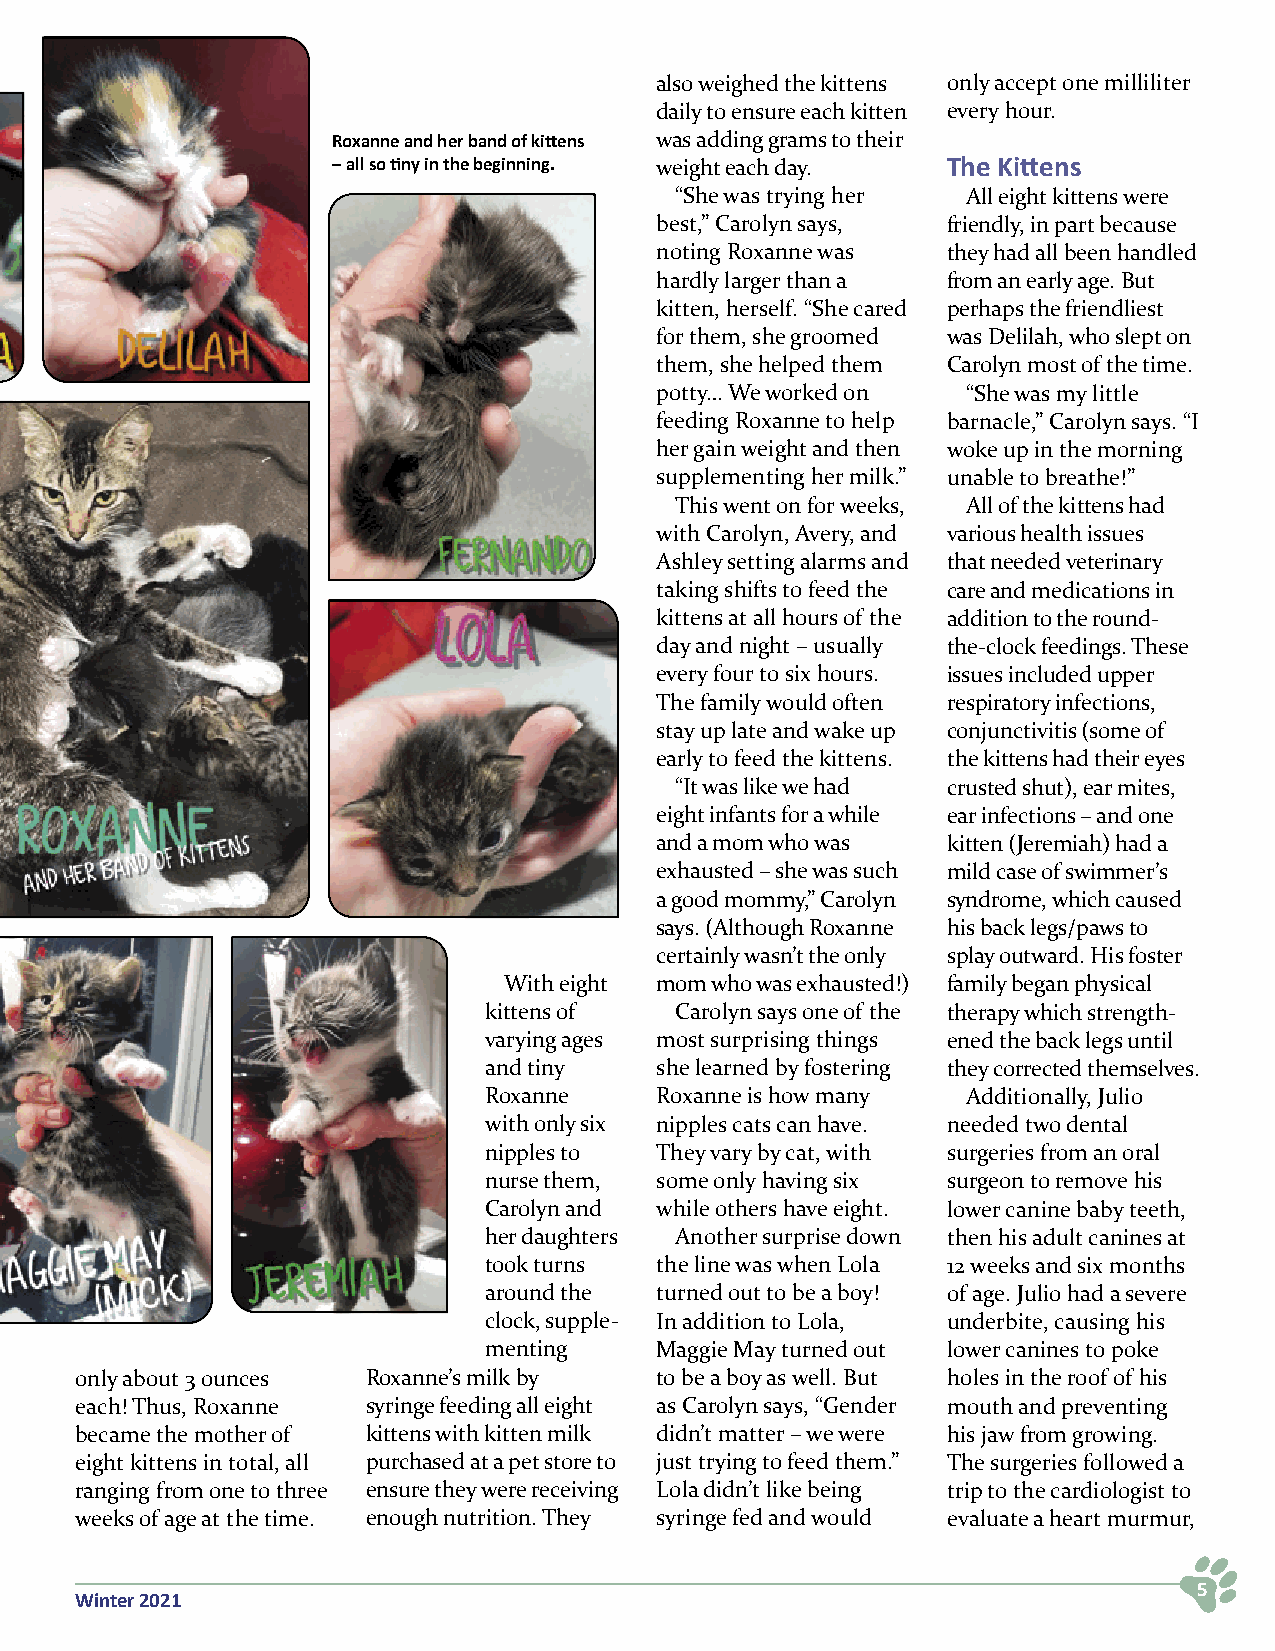
also weighed the kittens only accept one milliliter
 daily to ensure each kitten every hour.
 Roxanne and her band of kittens was adding grams to their
 – all so tiny in the beginning. weight each day. The Kittens
 “She was trying her All eight kittens were
 best,” Carolyn says, friendly, in part because
 noting Roxanne was  they had all been handled
 hardly larger than a from an early age. But
 kitten, herself. “She cared perhaps the friendliest
 for them, she groomed was Delilah, who slept on
 them, she helped them Carolyn most of the time.
 potty… We worked on  “She was my little
 feeding Roxanne to help barnacle,” Carolyn says. “I
 her gain weight and then woke up in the morning
 supplementing her milk.” unable to breathe!”
 This went on for weeks, All of the kittens had
 with Carolyn, Avery, and various health issues
 Ashley setting alarms and that needed veterinary
 taking shifts to feed the care and medications in
 kittens at all hours of the addition to the round-
 day and night – usually the-clock feedings. These
 every four to six hours. issues included upper
 The family would often respiratory infections,
 stay up late and wake up conjunctivitis (some of
 early to feed the kittens. the kittens had their eyes
 “It was like we had crusted shut), ear mites,
 eight infants for a while ear infections – and one
 and a mom who was   kitten (Jeremiah) had a
 exhausted – she was such mild case of swimmer’s
 a good mommy,” Carolyn syndrome, which caused
 says. (Although Roxanne his back legs/paws to
 certainly wasn’t the only splay outward. His foster
 With eight mom who was exhausted!) family began physical
 kittens of   Carolyn says one of the therapy which strength-
 varying ages most surprising things ened the back legs until
 and tiny   she learned by fostering they corrected themselves.
 Roxanne    Roxanne is how many  Additionally, Julio
 with only six nipples cats can have. needed two dental
 nipples to They vary by cat, with surgeries from an oral
 nurse them, some only having six surgeon to remove his
 Carolyn and while others have eight. lower canine baby teeth,
 her daughters Another surprise down then his adult canines at
 took turns the line was when Lola 12 weeks and six months
 around the turned out to be a boy! of age. Julio had a severe
 clock, supple- In addition to Lola, underbite, causing his
 menting    Maggie May turned out lower canines to poke
 only about 3 ounces Roxanne’s milk by to be a boy as well. But holes in the roof of his
 each! Thus, Roxanne syringe feeding all eight as Carolyn says, “Gender mouth and preventing
 became the mother of kittens with kitten milk didn’t matter – we were his jaw from growing.
 eight kittens in total, all purchased at a pet store to just trying to feed them.” The surgeries followed a
 ranging from one to three ensure they were receiving Lola didn’t like being trip to the cardiologist to
 weeks of age at the time. enough nutrition. They syringe fed and would evaluate a heart murmur,
 5
 Winter 2021